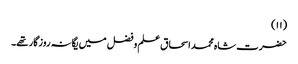
(۱۱)
حضرت شاہ محمد اسحاق علم وفضل میں یگانہ روزگار تھے۔